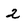
Character: 2